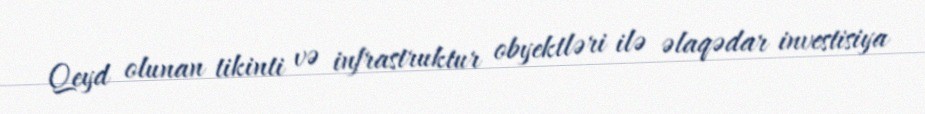
Qeyd olunan tikinti və infrastruktur obyektləri ilə əlaqədar investisiya